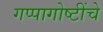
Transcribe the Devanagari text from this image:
गप्पागोष्टींचे